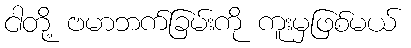
ငါတို့ ဗမာဘက်ခြမ်းကို ကူးမှဖြစ်မယ်